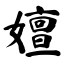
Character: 嬗